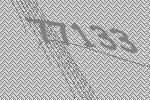
77133